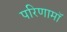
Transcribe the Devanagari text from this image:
परिणामॉ